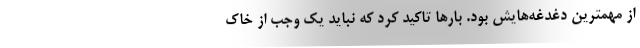
از مهمترین دغدغه‌هایش بود. بارها تاکید کرد که نباید یک وجب از خاک